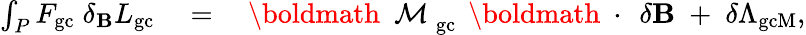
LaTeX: \begin{array}{rlr}{\int_{P}F_{\mathrm{gc}}\; \delta_{\mathbf B}L_{\mathrm{gc}}}&{{}=}&{\mathrm{~\boldmath~\cal~M~}_{\mathrm{gc}}\, \mathrm{~\boldmath~\cdot~}\, \delta{\mathbf B}\; +\; \delta\Lambda_{\mathrm{gcM}},}\end{array}